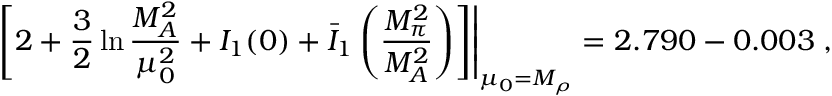
\left. \left[ 2 + \frac { 3 } { 2 } \ln \frac { M _ { A } ^ { 2 } } { \mu _ { 0 } ^ { 2 } } + I _ { 1 } ( 0 ) + \bar { I } _ { 1 } \left( \frac { M _ { \pi } ^ { 2 } } { M _ { A } ^ { 2 } } \right) \right] \right| _ { \mu _ { 0 } = M _ { \rho } } = 2 . 7 9 0 - 0 . 0 0 3 \; ,